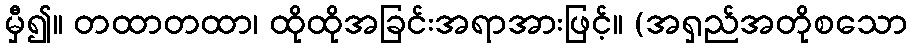
မှီ၍။ တထာတထာ၊ ထိုထိုအခြင်းအရာအားဖြင့်။ (အရှည်အတိုစသော